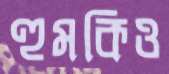
হুমকিও